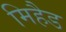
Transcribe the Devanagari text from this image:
मिहैड